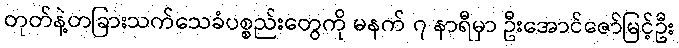
တုတ်နဲ့တခြားသက်သေခံပစ္စည်းတွေကို မနက် ၇ နာရီမှာ ဦးအောင်ဇော်မြင့်ဦး